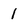
Character: 1